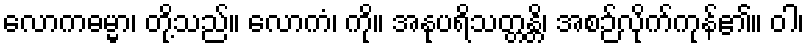
လောကဓမ္မာ၊ တို့သည်။ လောကံ၊ ကို။ အနုပရိသတ္တန္တိ၊ အစဉ်လိုက်ကုန်၏။ ဝါ၊